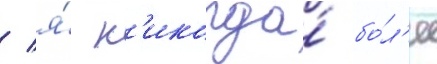
/ я́ н'икогда́ бо́л'ее